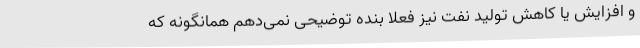
و افزایش یا کاهش تولید نفت نیز فعلا بنده توضیحی نمی‌دهم همانگونه که